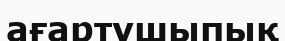
ағартушыпық